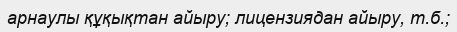
арнаулы құқықтан айыру; лицензиядан айыру, т.б.;